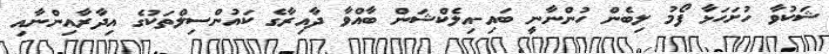
ޝަކުވާ ހުށަހަޅާ ފޯމު ލިބެން ހުންނާނީ ބައި-އިލެކްޝަން ބާއްވާ ދާއިރާގެ ކައުންސިލްތަކުގެ އިދާރާއިންނާއި